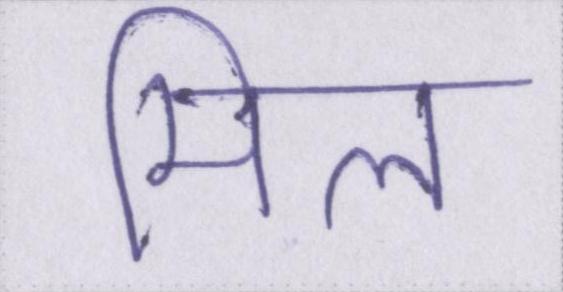
मील